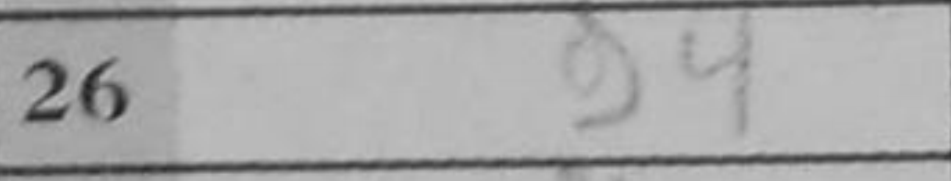
Transcription: g4